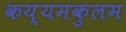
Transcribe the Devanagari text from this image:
कय्यमकुलम